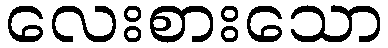
လေးစားသော